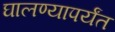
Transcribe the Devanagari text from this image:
घालण्यापर्यंत